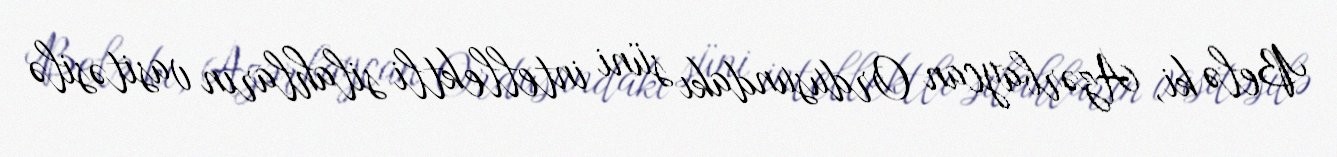
Belə ki, Azərbaycan Ordusundakı süni intellektli silahların vasitəsilə